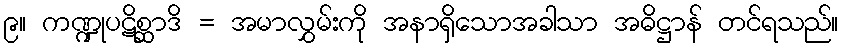
၉။ ကဏ္ဍုပဋိစ္ဆာဒိ = အမာလွှမ်းကို အနာရှိသောအခါသာ အဓိဋ္ဌာန် တင်ရသည်။